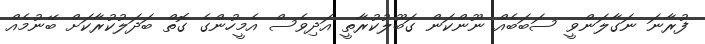
ފުރާނަ ނަގާލަންވީ ސަބަބެއް ނޫންކަން ގަބޫލުކުރާތީ އަދިވެސް އެމީހުންގެ ގޮތް ބަދަލުކުރާކަށް ބޭނުމެއް